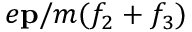
e \mathbf { p } / m ( f _ { 2 } + f _ { 3 } )